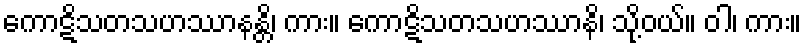
ကောဋိသတသဟဿာနန္တိ၊ ကား။ ကောဋိသတသဟဿာနိ၊ သို့ဝယ်။ ဝါ၊ ကား။